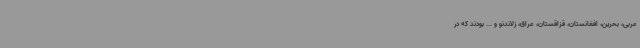
عربی، بحرین، افغانستان، قزاقستان، عراق، زلاندنو و ... بودند که در